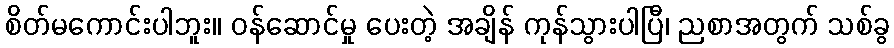
စိတ်မကောင်းပါဘူး။ ဝန်ဆောင်မှု ပေးတဲ့ အချိန် ကုန်သွားပါပြီ၊ ညစာအတွက် သစ်ခွ